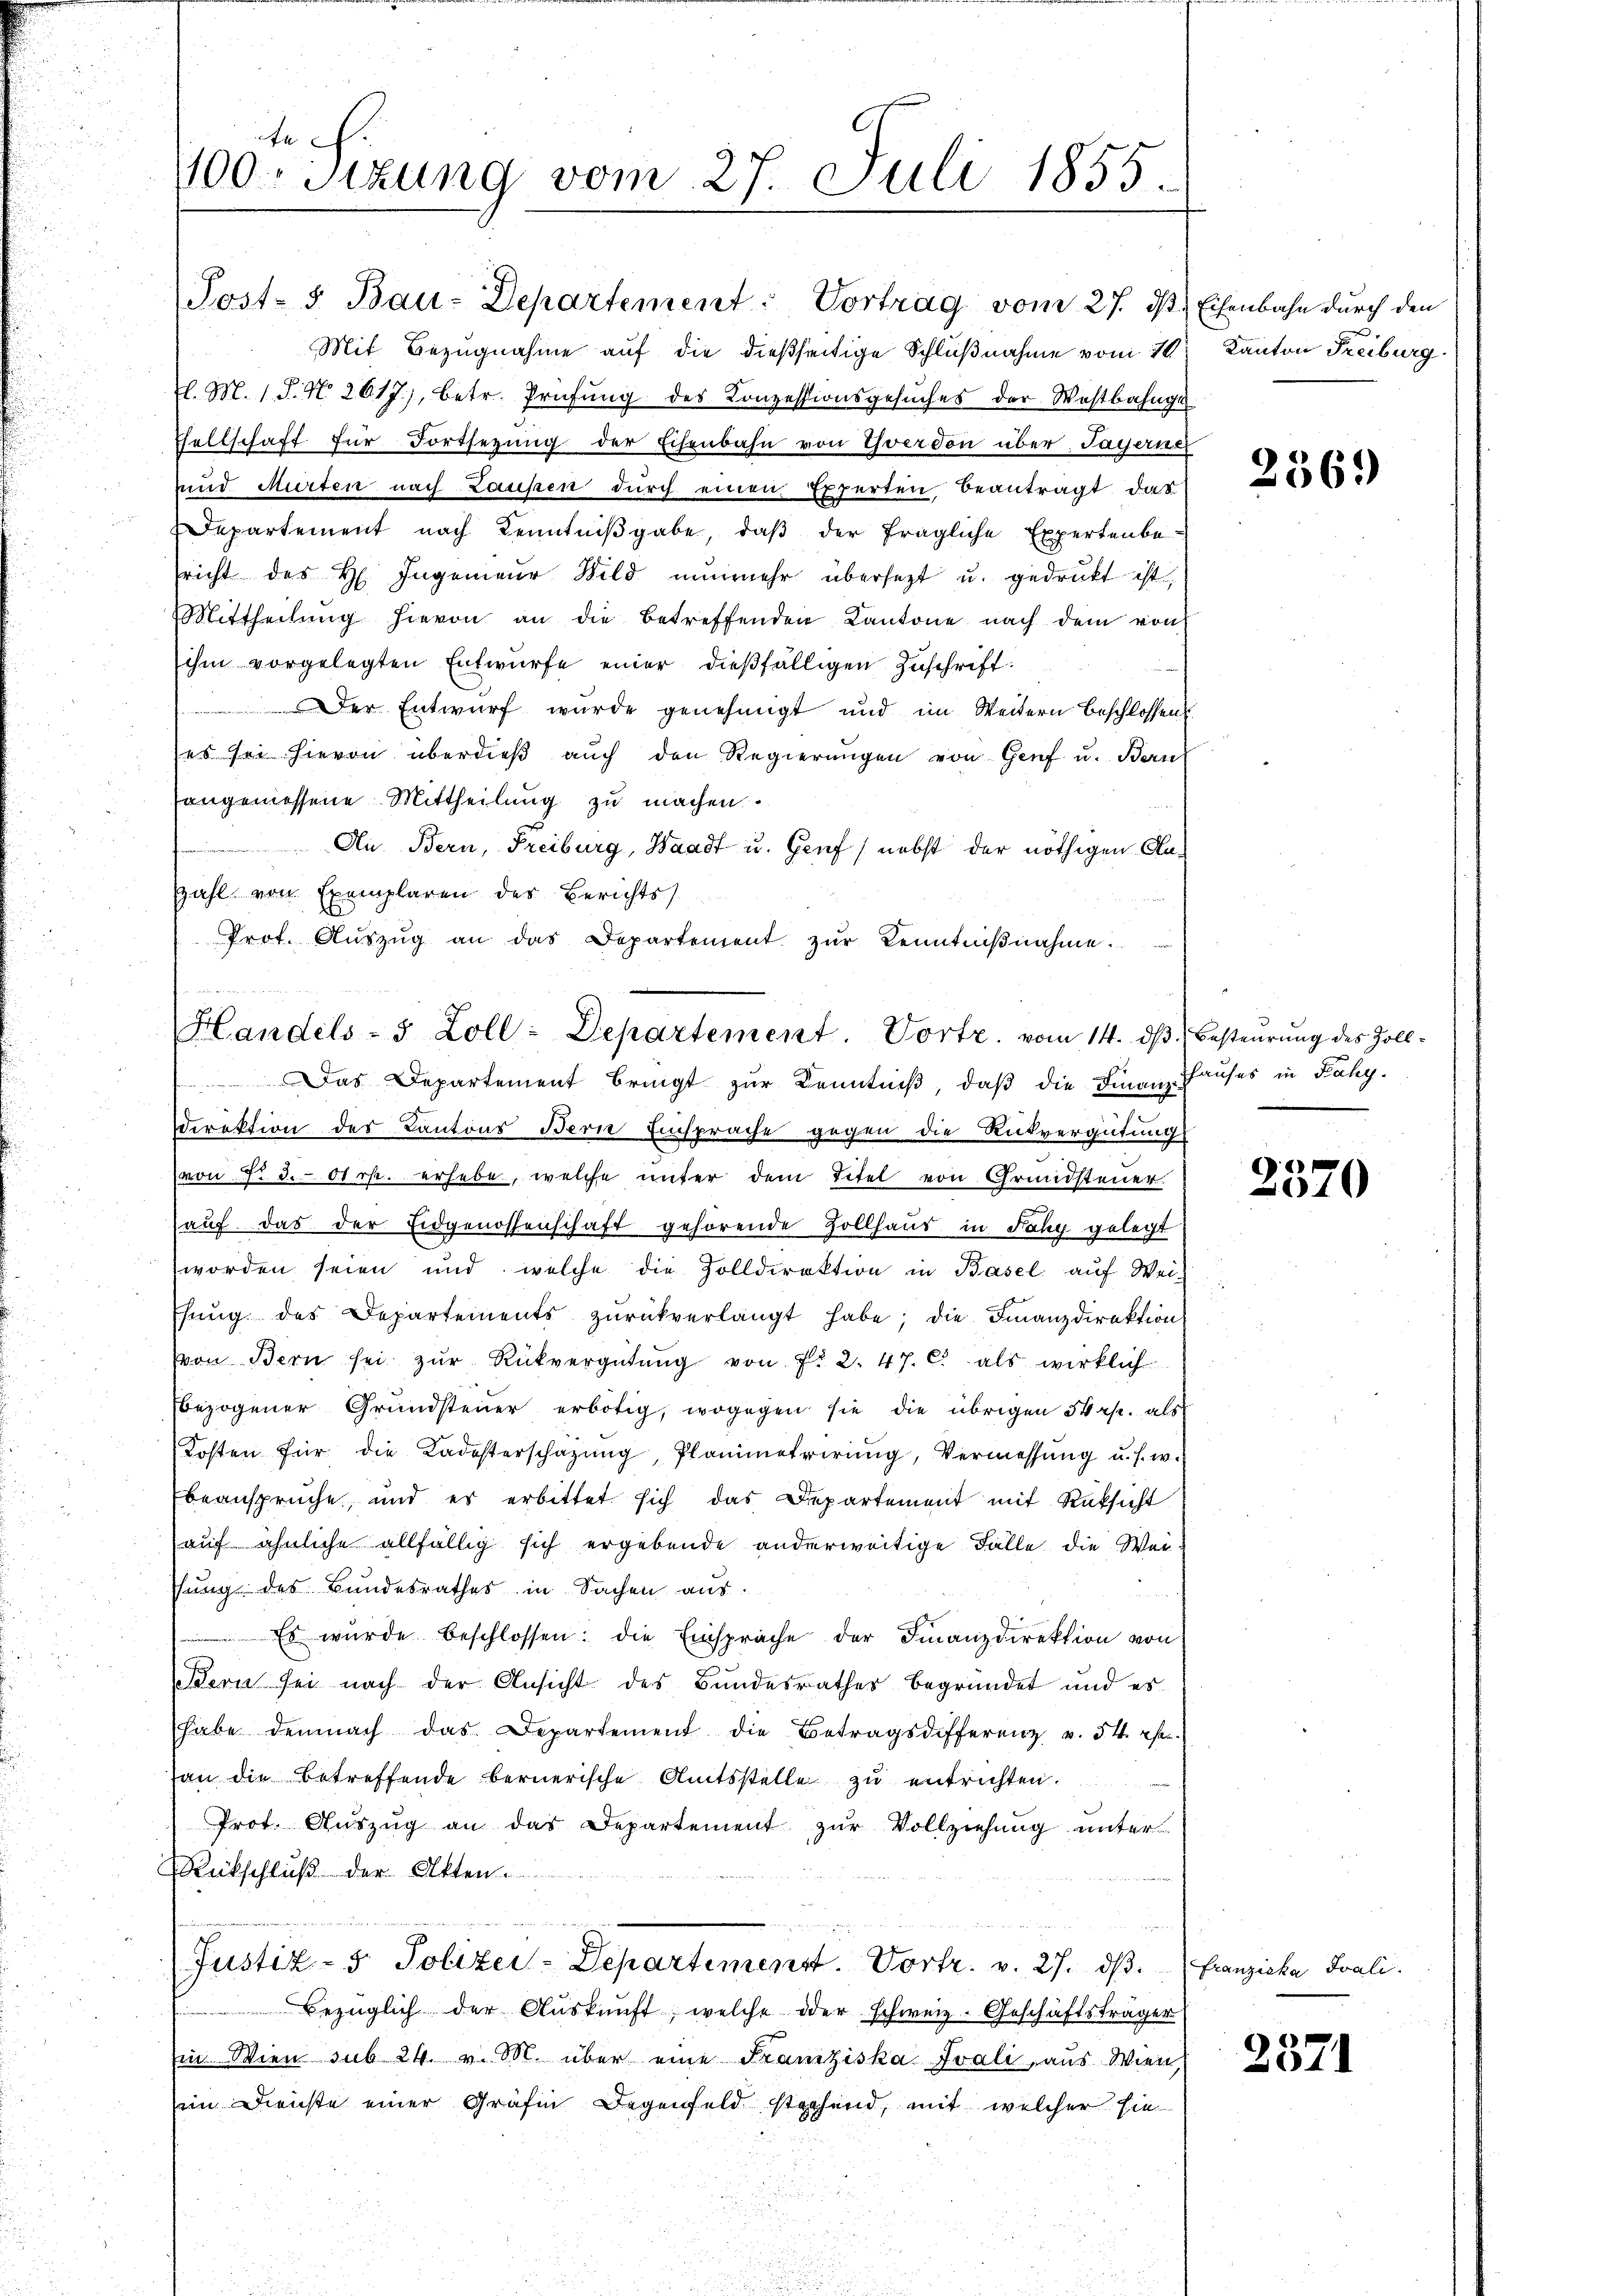
Post- u Bau-Departement: Vortrag vom 27. ds. Eisenbahn durch den
Mit Bezugnahme auf die dießseitige Schlußnahme vom 20
l. M. 1 S. N. 2617), betr. Prüfŭng des Conzessionsgesŭches der Westbahnge
Tellschaft für Fortsezung der Eisenbahn von Yverdon über, Payerner
und Murten nach Laupen durch einen Experten beanträgt das
Departement nach Kenntnißgabe, daß der fragliche Expertenbe-
sricht des H. Ingenieŭr Bild nunmehr übersetzt u. gedrukt ist,
Mittheilŭng hievon an die betreffenden Kantone nach dem von
ihm vorgelegten Entwürfe einer dießfälligen Zuschrift:
Der Entwurf wurde genehmigt und im Weitern beschlossen.
es sei hievon überdieß auch den Regierungen von Genf u. Bank
angemessene Mittheilung zu machen.
An Bern, Freiburg, Waadt u. Genf) nebst der nöthigen Cla¬
Zahl von Exemplaren des Berichts
Prot. Aŭszŭg an das Departement zŭr Kenntniβnahme.

n
100. Sizung vom 27. Juli 1855.

Handels- 5 Zoll-Departement. Vortr. vom 14. d.
Das Departement bringt zur Kenntniß, daß die Finanz Pauses in Fahy¬

Ddirektion des Kantons Bern Einsprache gegen die Rückvergütung
von 7. d. 6t rk. erhebe, welche unter dem Titel von Grundsteuer
aŭf das der Eidgenossenschaft gehörende Zollhaus in Fahy gelegt
worden seien und welche die Zolldirektion in Basel auf Wei-
Ehŭng des Departements zŭrückverlangt habe; die Finanzdirektion
von Bern sei zŭr Rückvergütŭng von No. 2. 47. C. als wirklich
bezogener Grundsteuer erbötig, wogegen sie die übrigen Skep. als
Kosten für die Kadesterschazung, Planimetrirŭng, Vermessŭng u. s. w.
beansprüche, und es erbittet sich das Departement mit Rücksicht
auf ähnliche allfällig sich ergebende anderweitige Fälle die Wei-
sung des Bundesrathes in Sachen aus.
Es wurde beschlossen: die Einsprache der Finanzdirektion von
Bern sei nach der Ansicht des Bundesrathes begründet und es
habe demnach das Departement die Betragsdifferenz u. 54. r.
an die Betreffende bernerische Amtsstelle zu entrichten.
Prot. Auszug an das Departement zur Vollziehung unter
RRückschluß der Akten.
(Justiz- & Polizei-Departemenst. Vortr. v. 27. ds. Franziska Joali.
Bezüglich der Aŭskŭnft, welche oder schweiz. Geschäftsträger
Ein Wien sub 24. v. M. über eine Franziska Ivali, aus Wien,
in Dienste einer Gräfin Degenfeld stechend, mit welcher sie

Kanton Freiburg.

2369

B.) Besteurung des Zoll¬

2570

2371